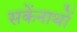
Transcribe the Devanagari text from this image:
सकेंनाथों